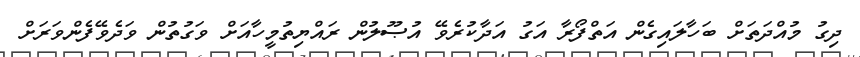
ދިގު މުއްދަތަށް ބަހާލައިގެން އަތްފޯރާ އަގު އަދާކުރެވޭ އުޞޫލުން ރައްޔިތުމީހާއަށް ވަގުތުން ވަދެވޭފެންވަރަށް